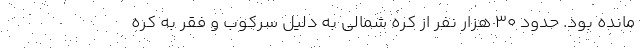
مانده بود. حدود ۳۰ هزار نفر از کره شمالی به دلیل سرکوب و فقر به کره